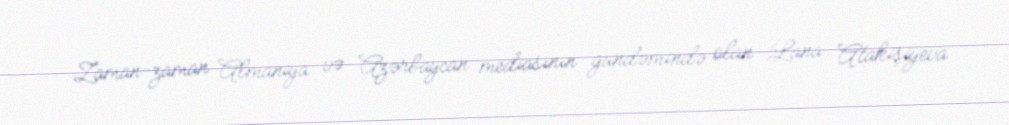
Zaman-zaman Almaniya və Azərbaycan mediasının gündəmində olan Lana Atakişiyeva